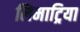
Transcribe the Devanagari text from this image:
लिमाट्रिया